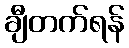
ချီတက်ရန်